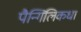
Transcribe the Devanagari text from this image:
पैन्गिलिकधा